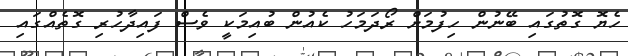
ހެޔޮ ގޮތުގައި ބޭނުން ހިފުމަށް ރޯދަމަހު ކެއުން ބުއިމަކީ ވެސް ފައިދާހުރި ގޮތެއްގައި